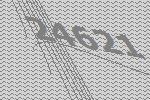
24621